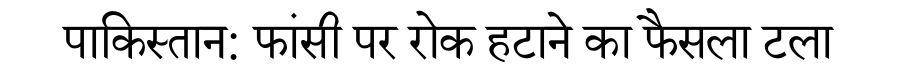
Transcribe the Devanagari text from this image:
पाकिस्तान: फांसी पर रोक हटाने का फैसला टला